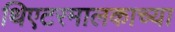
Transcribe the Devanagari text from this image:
थिएटरमालकाच्या